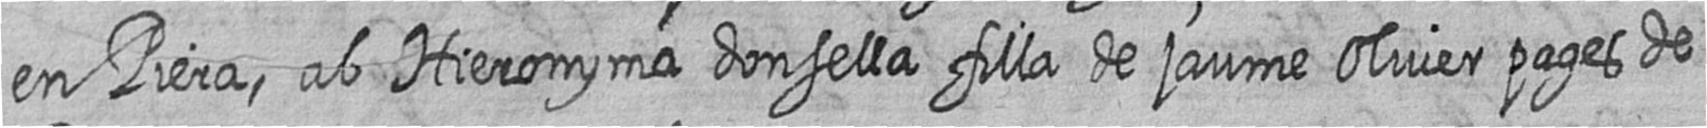
en Piera ab Hieronyma donsella filla de jaume Oliver pages de